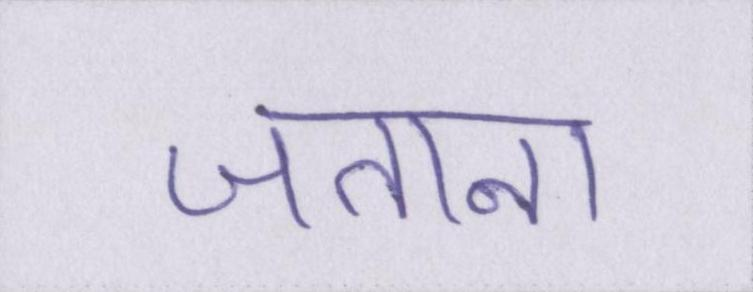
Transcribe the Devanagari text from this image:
जताना